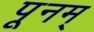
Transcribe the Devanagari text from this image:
पूनम्